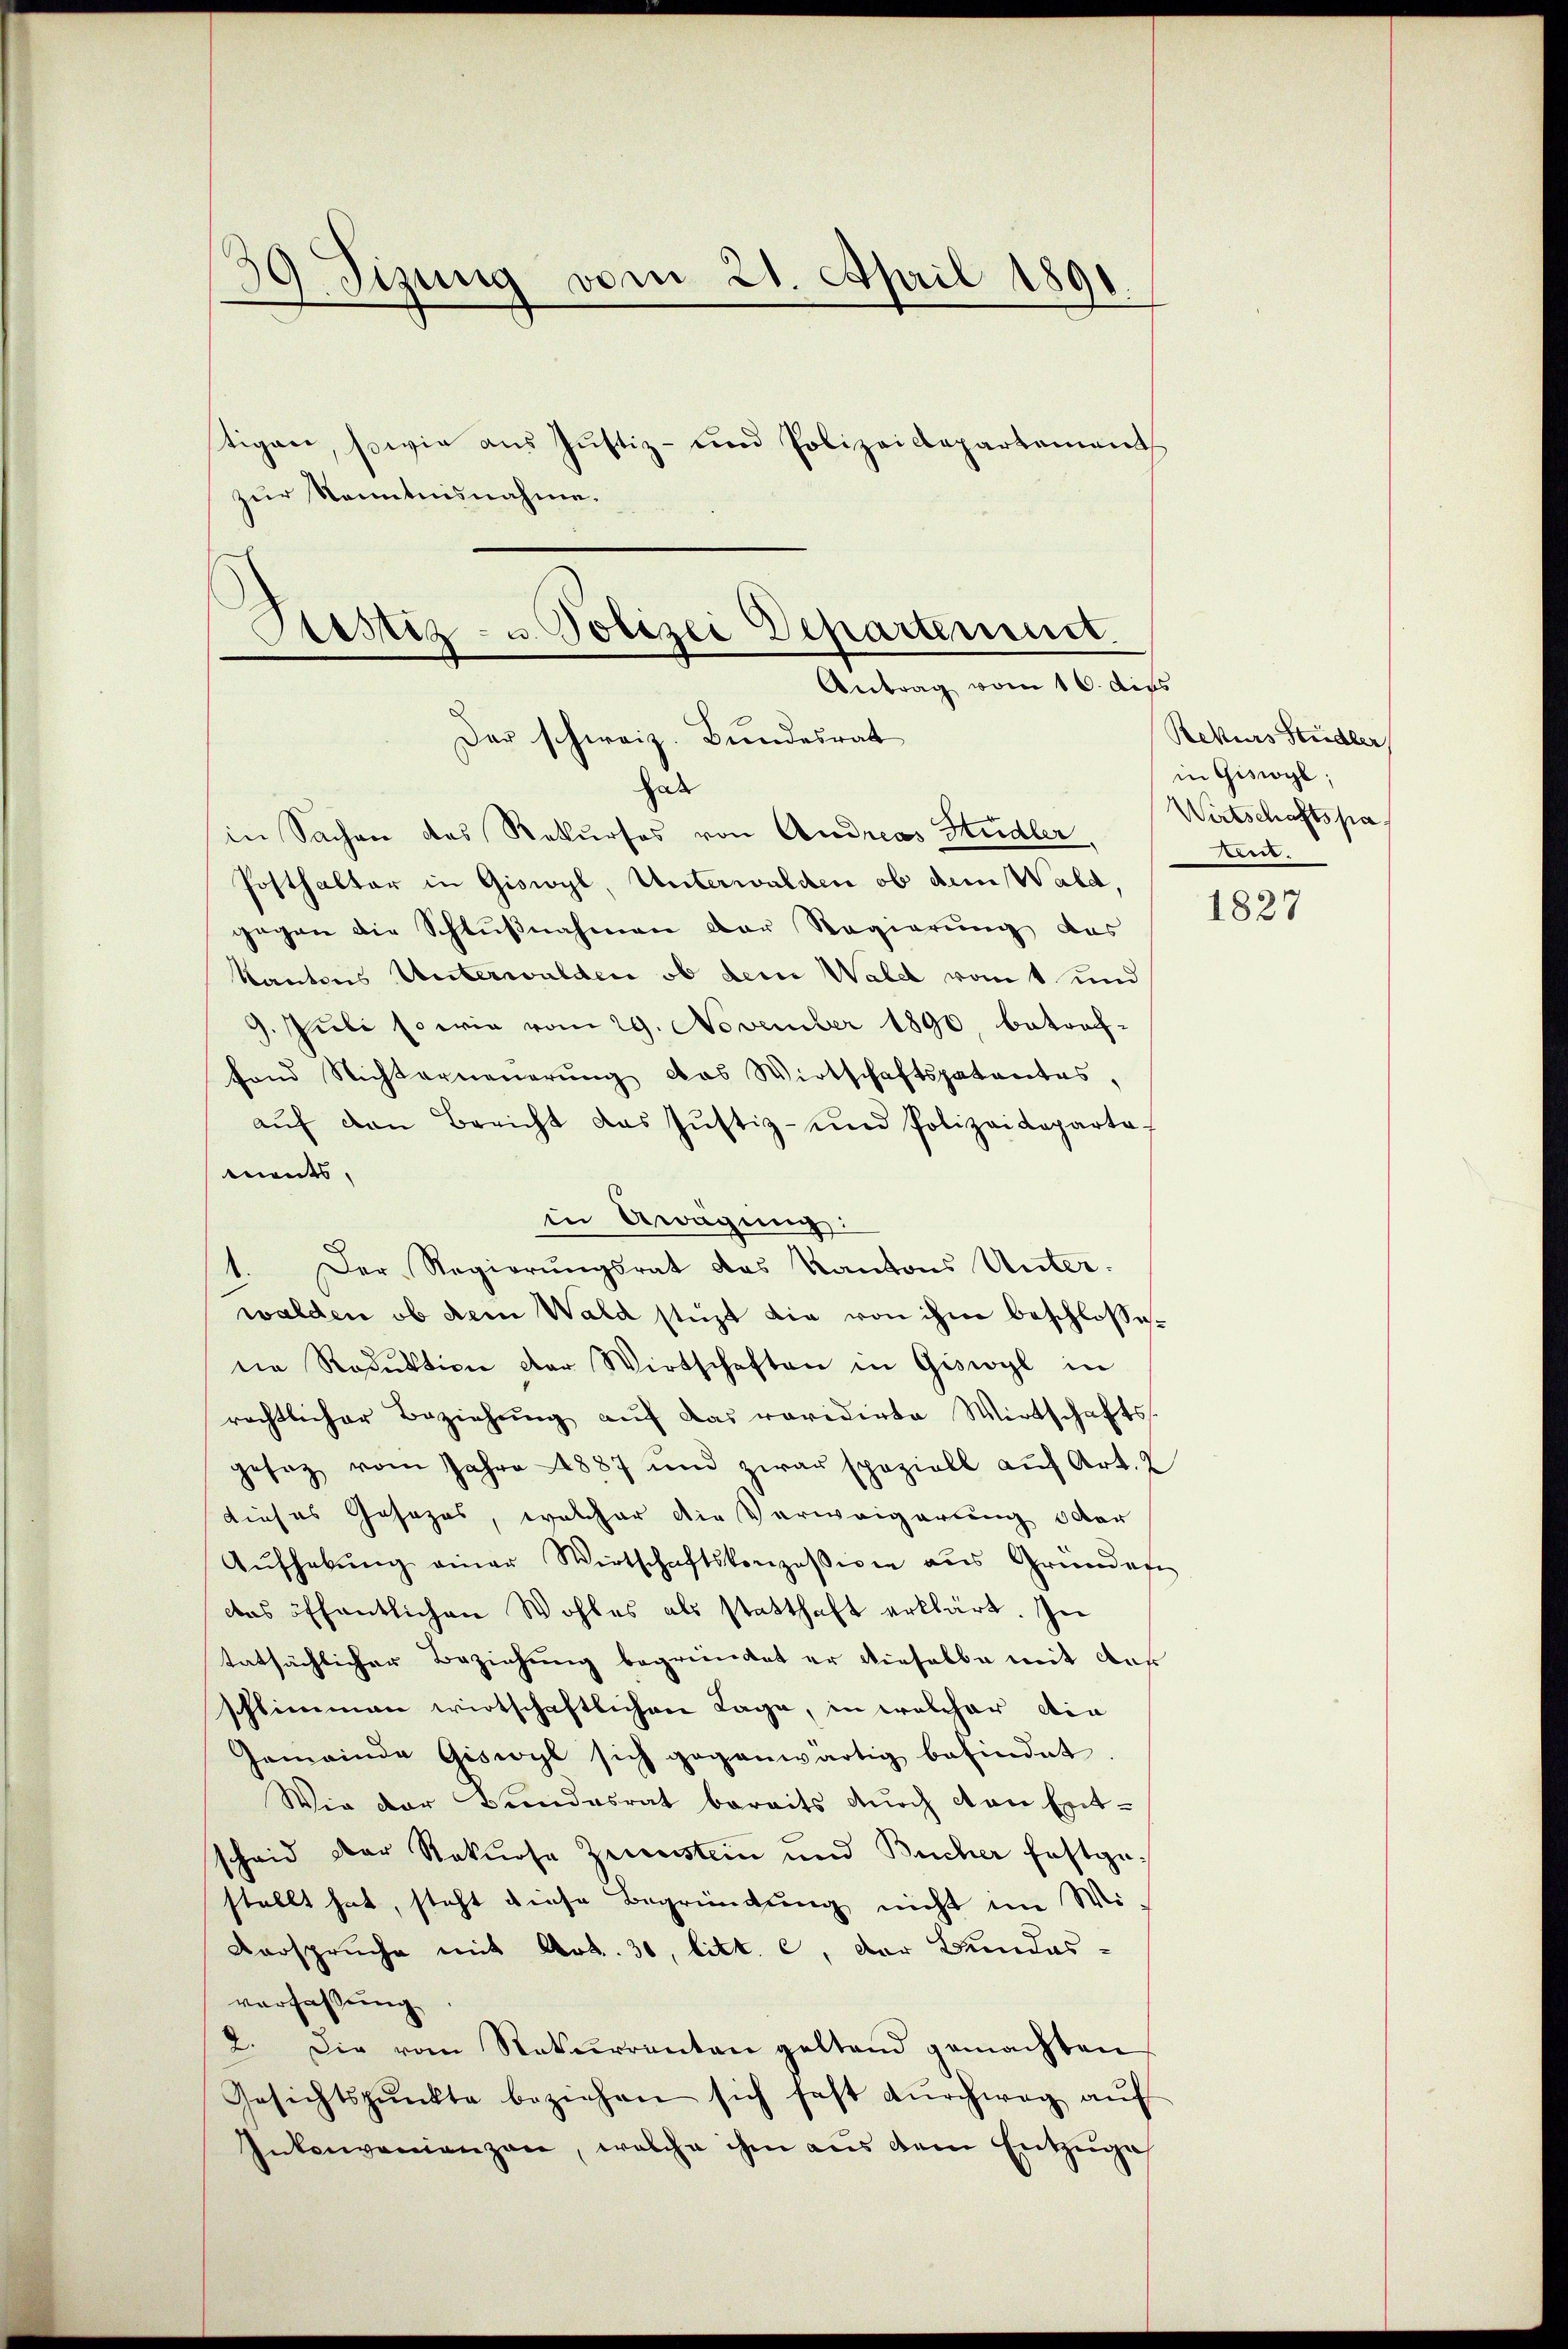
39 Jizung vom 21. April 1891.

stigen, sowie aus Justiz- und Polizeidepartement
zur Kenntnisnahme.

Ptestiz- u. Polizei Departement.
Antrag vom 16. dies
Der schweiz. Bundesrat

hab
in Sachen des Rekurses von Andreas Studler
Posthalter in Giswyl, Unterwalden ob dem Wald,
gegen die Schlŭβnahmen der Regierung das
Kantons Unterwalden ob dem Wald romt und
9. Juli so wie vom 29. November 1890, betrof-
fond Nichterneuerung das Wirtschaftspatentes,
aŭf den Bericht das Justiz- und Polizeideparte
ments,
in Awägung:
1. Der Regierungsrat das Kantons Unter-
walden, ob dem Wald stüzt die von ihm beschlossene Reduktion der Wirtschaften in Giswyl in
rechtlicher Beziehŭng aŭf das revidirte Wirtschafts-
gesez vom Jahre 1887 und zwar speziell auf Art. 2
dieses Josozas, welcher die Verweigerung oder
Aŭfhebŭng einer Wirtschaftskonzession aus Gründen
das öffentlichen Wohles als statthaft erklärt. Je
tatsächlicher Beziehung begründet er dieselbe mit der
schlimmen wirtschaftlichen Lage, in welcher din
Gemeinde Giswyl sich gegenwärtig befindet
Wie der Bundesrat bereits durch den Entscheid der Rekurse Zuerstein und Bücher festgestellt hat, steht diese Begründung nicht im Wi¬
Verspruche mit Art. 30, litt. c, der Bundesverfassung
2. Die vom Rekurrenten geltend gemachten
Gesichtspunkte beziehen sich fast dŭrchweg aŭf
Inkonvenianzen, welche ihm aus dem Entzuge

Rekurs Stadler
in Giswogl;
Wirtschaftspa
en.

1827